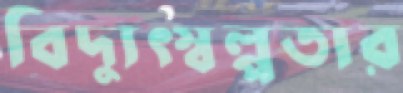
বিদ্যুৎস্বল্পতার